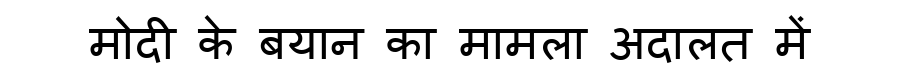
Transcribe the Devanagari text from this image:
मोदी के बयान का मामला अदालत में